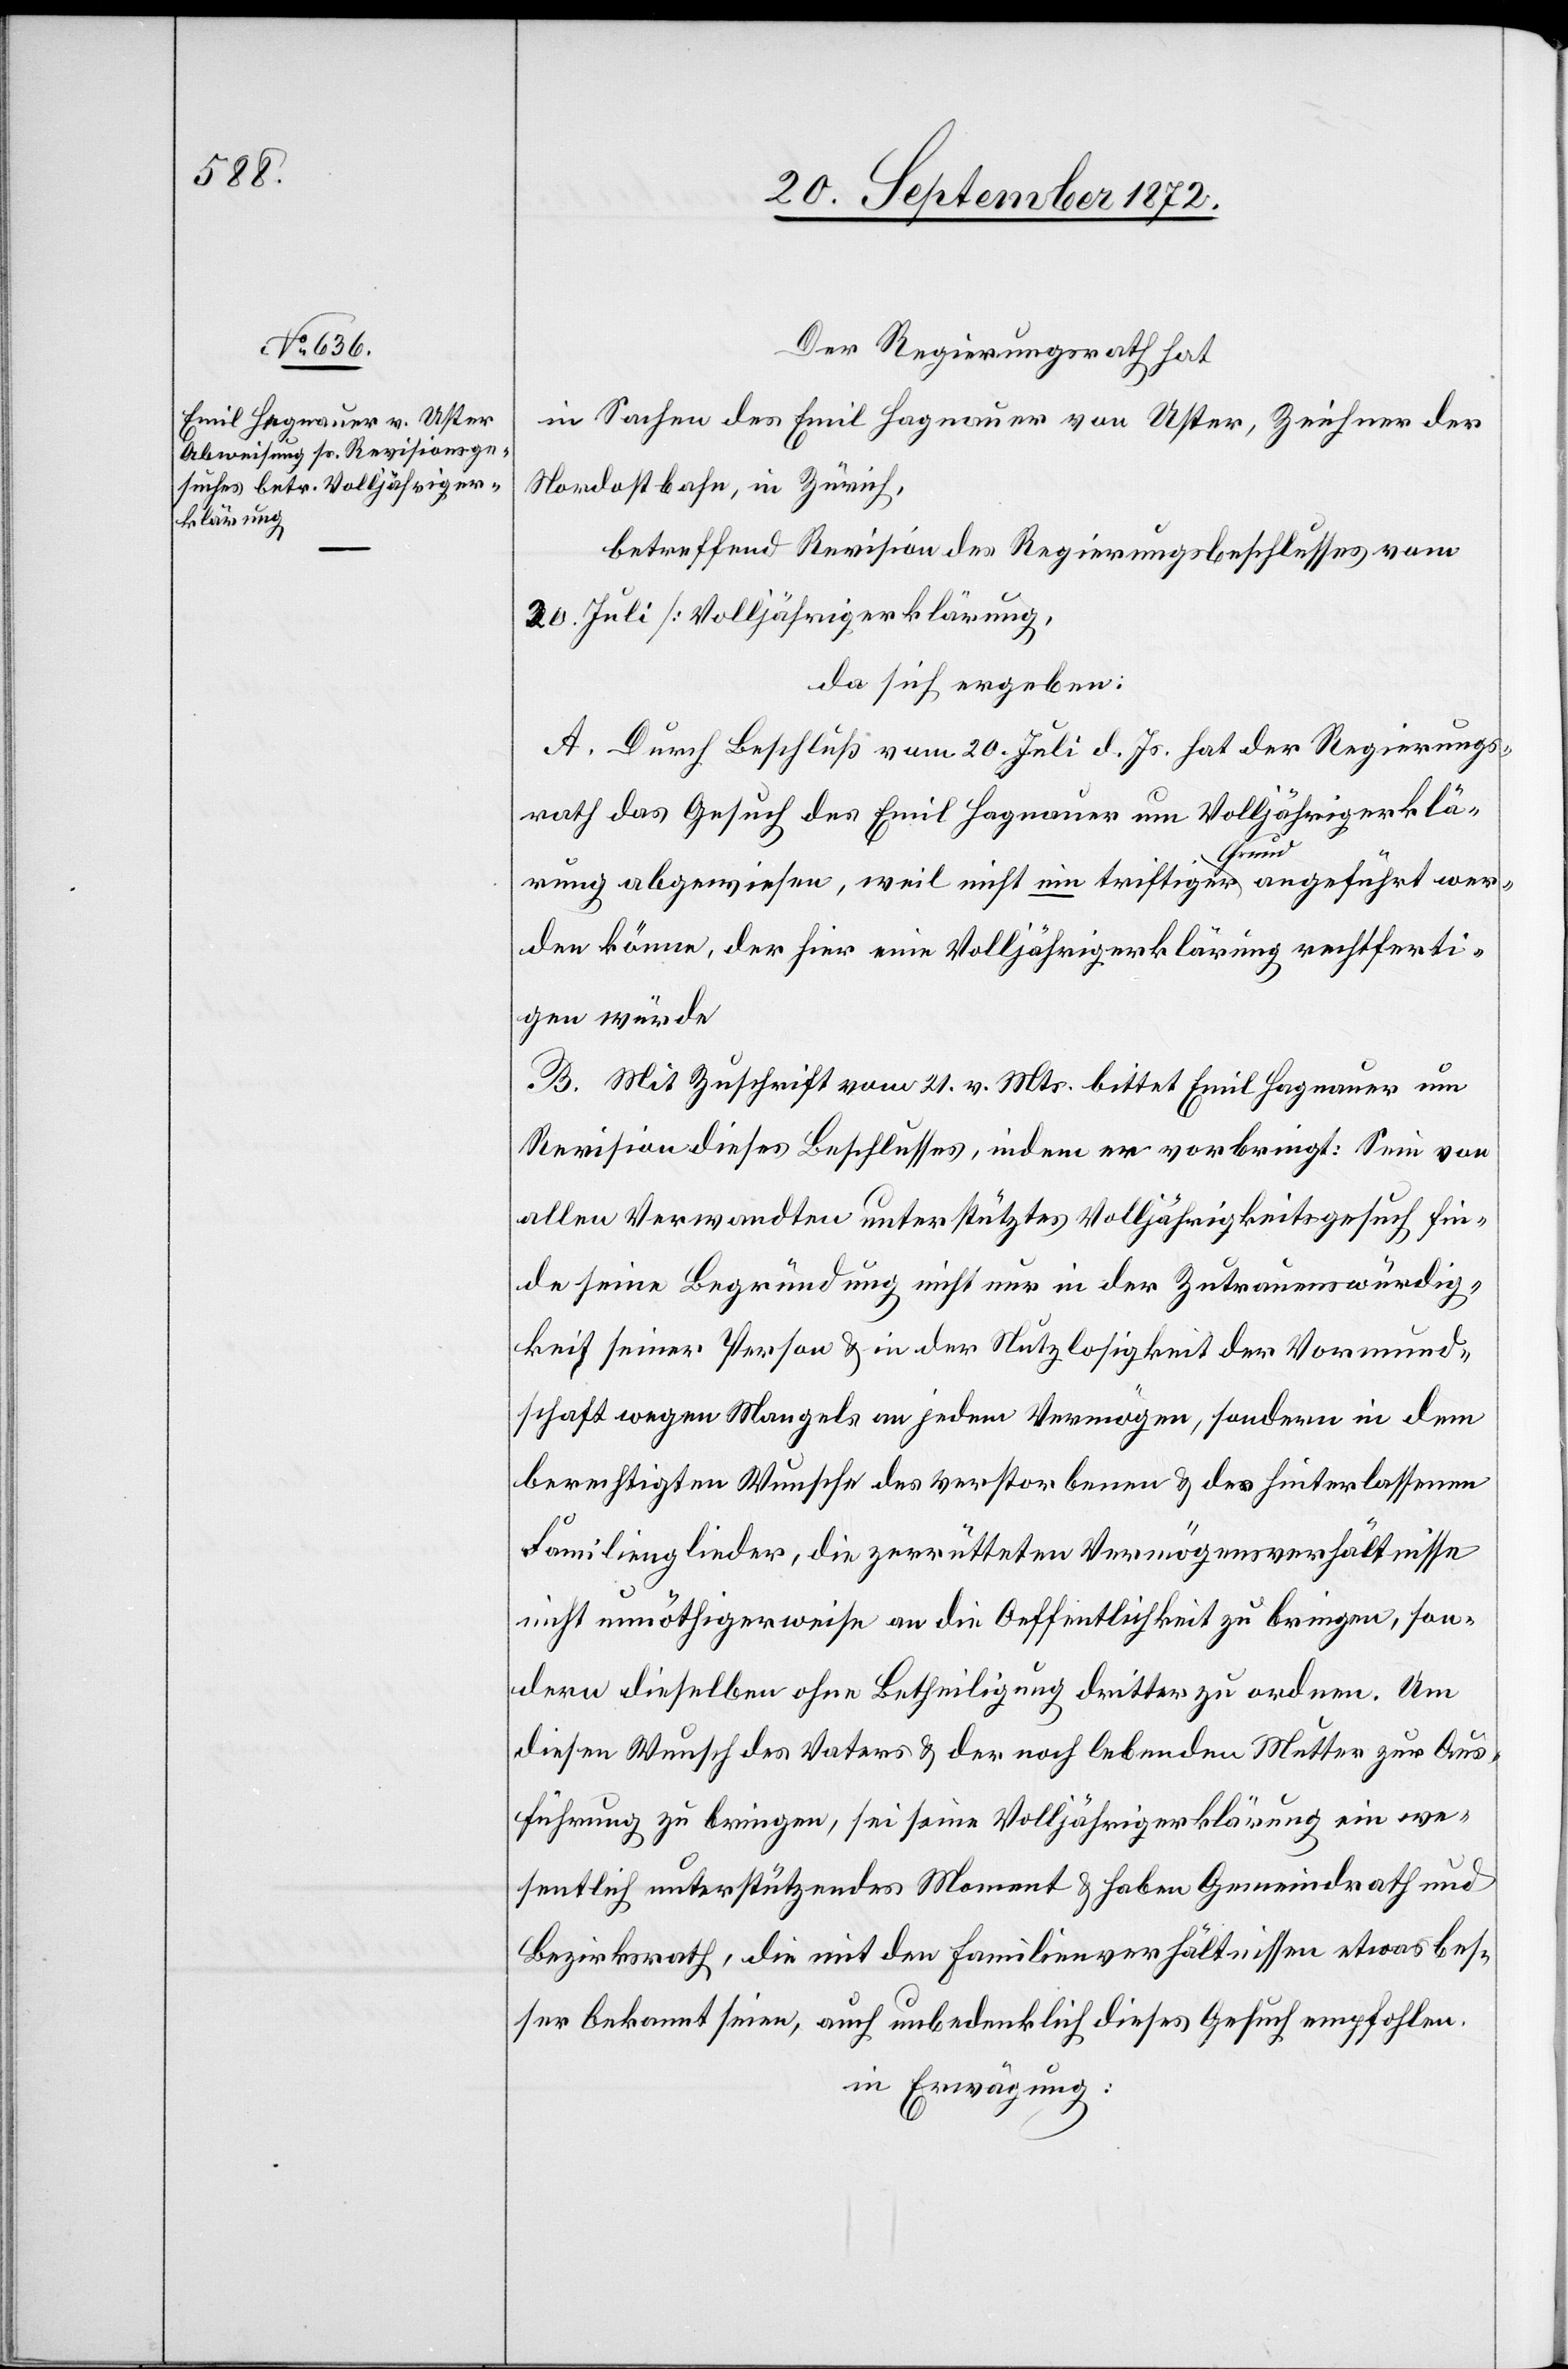
Der Regierungsrath hat
in Sachen des Emil Hagnauer von Uster, Zeichner der
Nordostbahn, in Zürich,
betreffend Revision des Regierungsbeschlusses vom
20. Juli [Volljährigerklärung],
da sich ergeben:
A. Durch Beschluß vom 20. Juli d. Js. hat der Regierungs¬
rath das Gesuch des Emil Hagnauer um Volljährigerklä¬
rung abgewiesen, weil nicht ein triftiger Grund angeführt wer¬
den könne, der hier eine Volljährigerklärung rechtferti¬
gen würde.
B. Mit Zuschrift vom 21. v. Mts. bittet Emil Hagnauer um
Revision dieses Beschlusses, indem er vorbringt: Sein von
allen Verwandten unterstütztes Volljährigkeitsgesuch fin¬
de seine Begründung nicht nur in der Zutrauenswürdig¬
keit seiner Person u. in der Nutzlosigkeit der Vormund¬
schaft wegen Mangels an jedem Vermögen, sondern in dem
berechtigten Wunsche des verstorbenen u. der hinterlassenen
Familienglieder, die zerrütteten Vermögensverhältnisse
nicht unnöthigerweise an die Oeffentlichkeit zu bringen, son¬
dern dieselben ohne Betheiligung dritter zu ordnen. Um
diesen Wunsch des Vaters u. der noch lebenden Mutter zu Aus¬
führung zu bringen, sei seine Volljährigerklärung ein we¬
sentlich unterstützendes Moment u. haben Gemeindrath und
Bezirksrath, die mit den Familienverhältnissen etwas bes¬
ser bekannt seien, auch unbedenklich dieses Gesuch empfohlen.
in Erwägung: